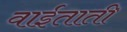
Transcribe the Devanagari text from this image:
वाईताती